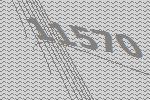
11570